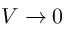
V \rightarrow 0